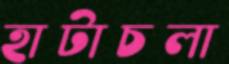
হাটাচলা